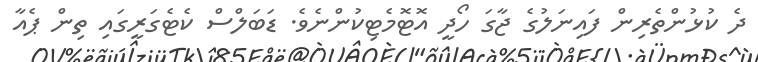
ދެ ކުޅުންތެރިން ފައިނަލުގެ ޖާގަ ހޯދީ އޮޓޮމެޓިކުންނެވެ. ޑަބަލްސް ކެޓެގަރީގައި ތިން ޕެއާ